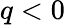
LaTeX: q<0